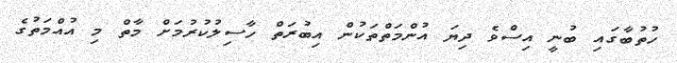
ހުތުބާގައި ބުނީ އިސްވެ ދިޔަ އުންމަތްތަކުން އިބުރަތް ހާސިލުކުރުމަށް މާތް މި އުއްމަތުގެ